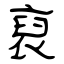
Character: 裒